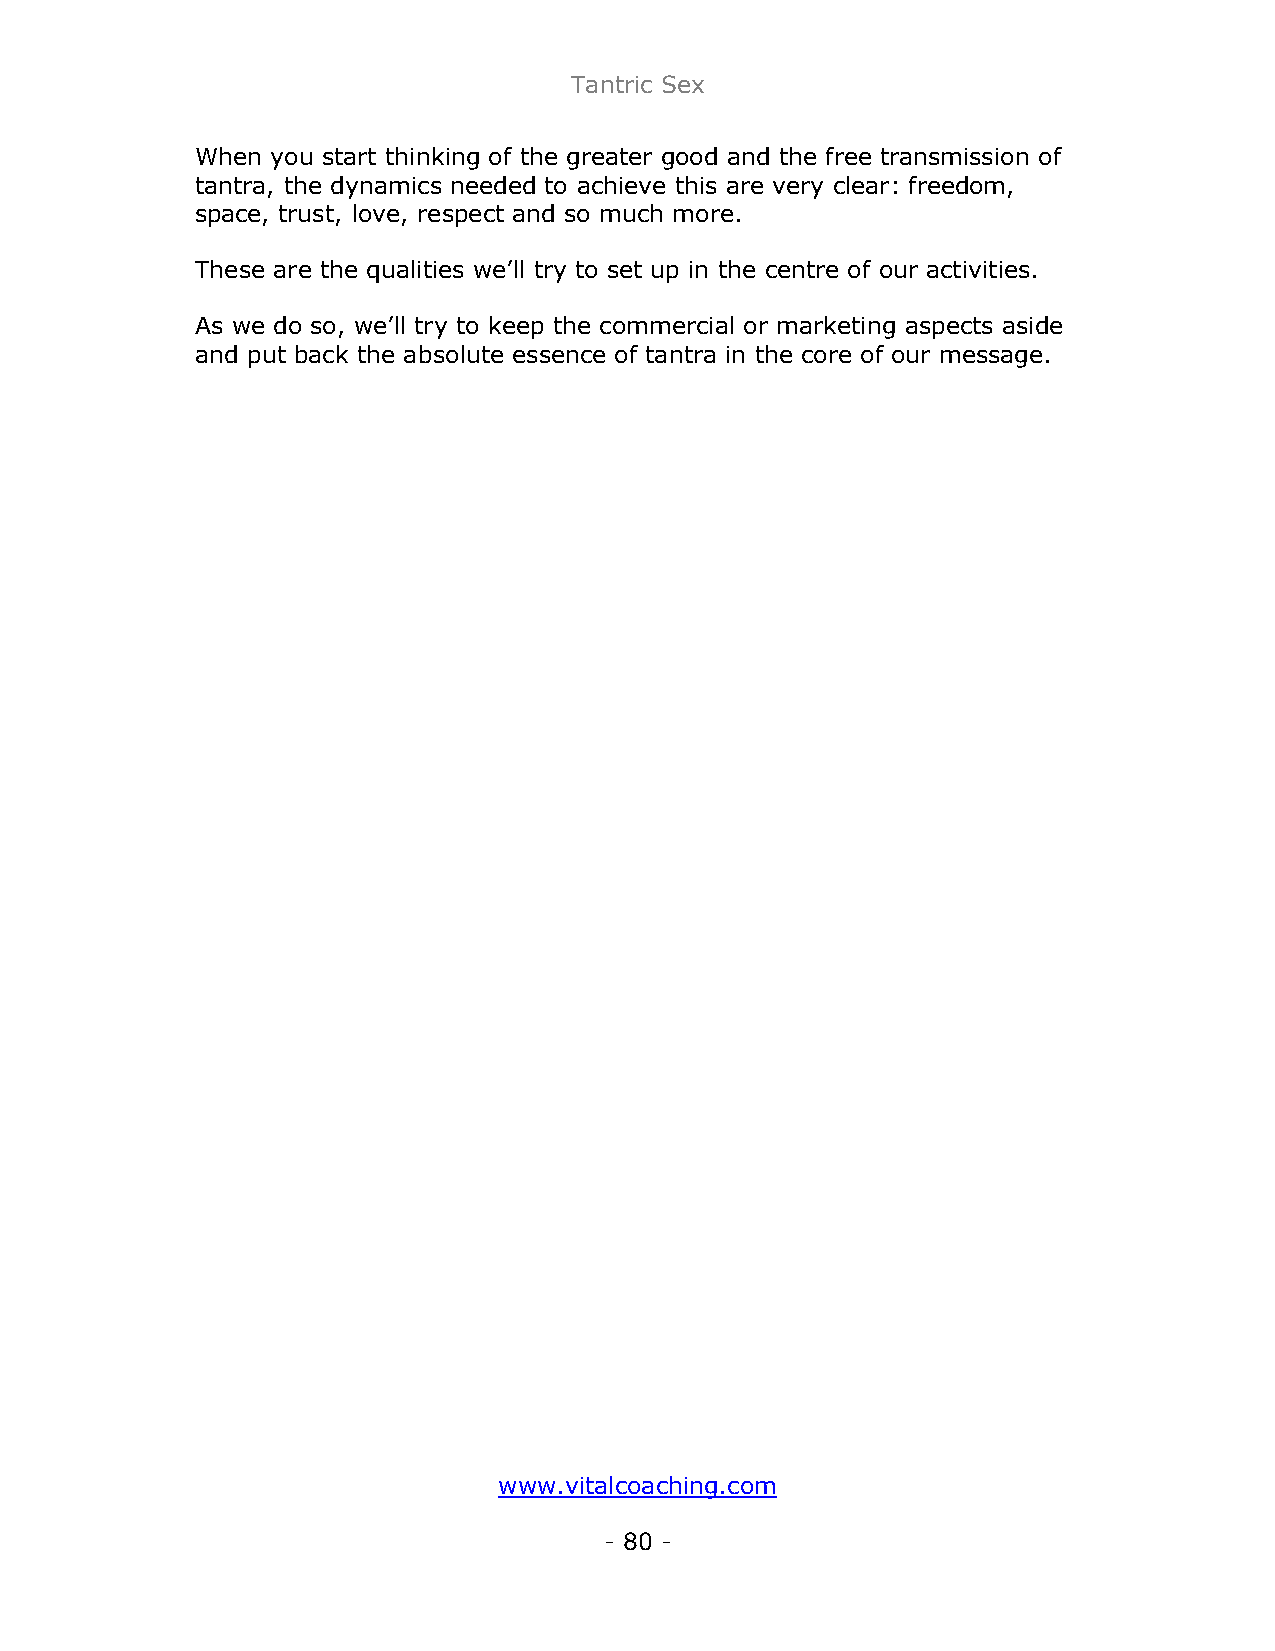
Tantric Sex
 When you start thinking of the greater good and the free transmission of
 tantra, the dynamics needed to achieve this are very clear: freedom,
 space, trust, love, respect and so much more.
 These are the qualities we’ll try to set up in the centre of our activities.
 As we do so, we’ll try to keep the commercial or marketing aspects aside
 and put back the absolute essence of tantra in the core of our message.
 www.vitalcoaching.com
 - 80 -